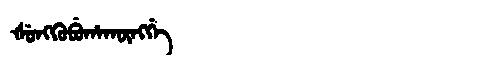
Manchu: ᡧᡠᠩᡴᡠᠪᡠᡥᠠᡴᡡᠩᡤᡝ
Romanization: ŠUNGKUBUHAKŪNGGE